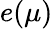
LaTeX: e(\mu)